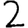
Digit: 2